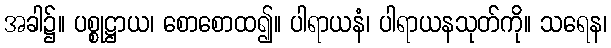
အခါ၌။ ပစ္စုဋ္ဌာယ၊ စောစောထ၍။ ပါရာယနံ၊ ပါရာယနသုတ်ကို။ သရေန၊